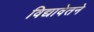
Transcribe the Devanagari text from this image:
विद्यावेतने